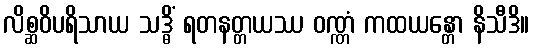
လိစ္ဆဝိပရိသာယ သဒ္ဓိံ ရတနတ္တယဿ ဝဏ္ဏံ ကထယန္တော နိသီဒိ။